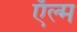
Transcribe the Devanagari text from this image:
ऍल्म